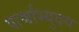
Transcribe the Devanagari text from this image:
पार्श्वाभ्युदय